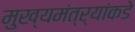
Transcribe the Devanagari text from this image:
मुख्यमंत्र्यांकडे